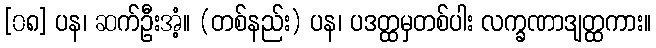
[၀၈] ပန၊ ဆက်ဦးအံ့။ (တစ်နည်း) ပန၊ ပဒတ္ထမှတစ်ပါး လက္ခဏာဒျတ္ထကား။